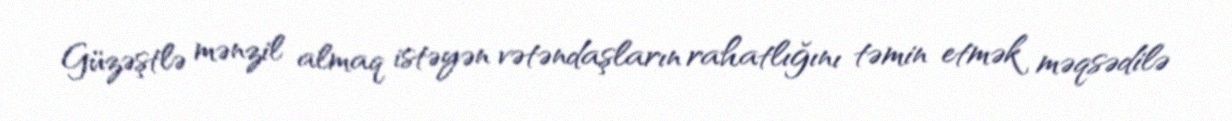
Güzəştlə mənzil almaq istəyən vətəndaşların rahatlığını təmin etmək məqsədilə